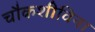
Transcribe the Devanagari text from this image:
चौकशीविना